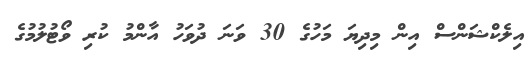
އިލެކްޝަންސް އިން މިދިޔަ މަހުގެ 30 ވަނަ ދުވަހު އާންމު ކުރި ވޯޓުލުމުގެ